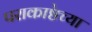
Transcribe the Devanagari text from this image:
पराकाष्ठेच्या